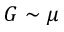
G \sim \mu